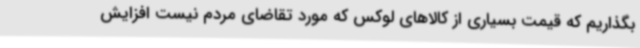
بگذاریم که قیمت بسیاری از کالاهای لوکس که مورد تقاضای مردم نیست افزایش